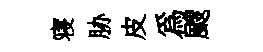
寝胁皮為颼